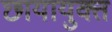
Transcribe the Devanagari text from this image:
छायायुक्त